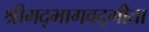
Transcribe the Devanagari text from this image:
श्रीमद्भागवद्गीता